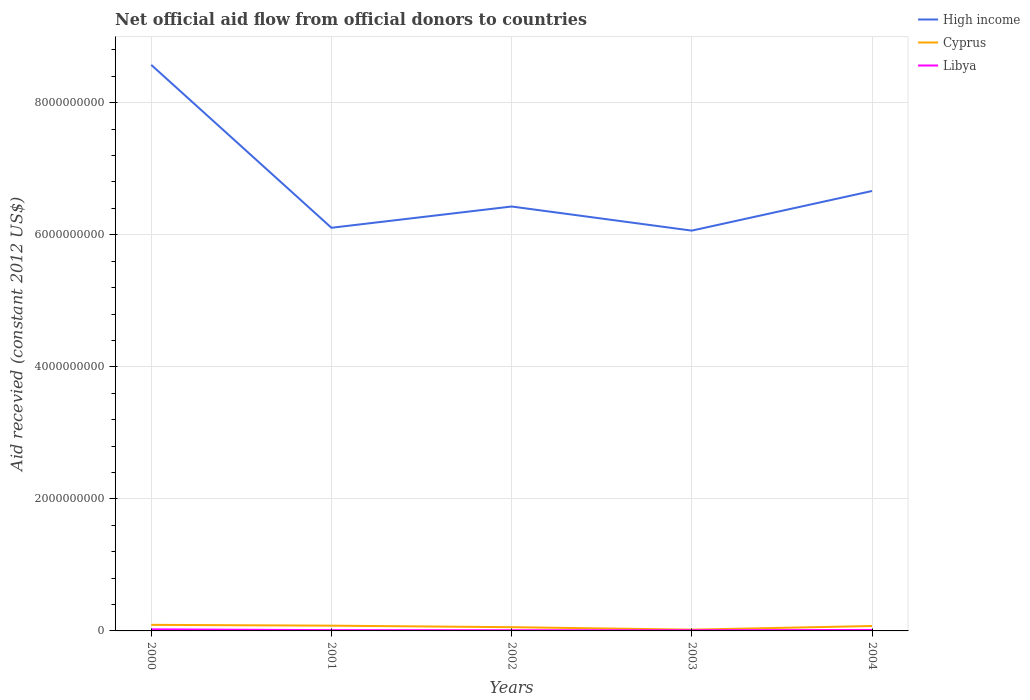
| Years | High income | Cyprus | Libya |
 | --- | --- | --- | --- |
 | 2000 | 8.57e+09 | 9.2e+07 | 2.38e+07 |
 | 2001 | 6.11e+09 | 7.95e+07 | 1.17e+07 |
 | 2002 | 6.43e+09 | 5.66e+07 | 1.05e+07 |
 | 2003 | 6.06e+09 | 1.92e+07 | 1.03e+07 |
 | 2004 | 6.66e+09 | 7.44e+07 | 1.5e+07 |